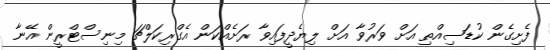
ފެށިގެން ކުޑަސިއްތި އަށް ވަރުވާ އަށް ލިޔެދީފައިވާ ރަށެއްކަން އެގްރިކަލްޗަ މިނިސްޓްރީން އޭނާ